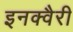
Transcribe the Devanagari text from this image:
इनक्वैरी